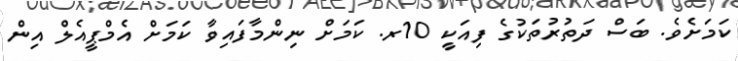
ކަމަށެވެ. ބަސް ދަތުރުތަކުގެ ފިއަކީ 10ރ. ކަމަށް ނިންމާފައިވާ ކަމަށް އެމްޕީއެލް އިން